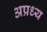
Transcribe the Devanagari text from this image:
अप्रध्य